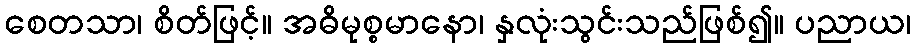
စေတသာ၊ စိတ်ဖြင့်။ အဓိမုစ္စမာနော၊ နှလုံးသွင်းသည်ဖြစ်၍။ ပညာယ၊